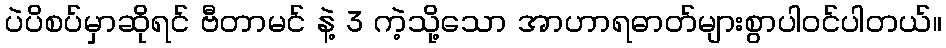
ပဲပိစပ်မှာဆိုရင် ဗီတာမင် နဲ့ 3 ကဲ့သို့သော အာဟာရဓာတ်များစွာပါဝင်ပါတယ်။